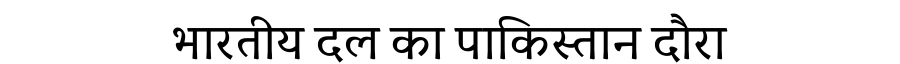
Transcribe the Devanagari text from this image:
भारतीय दल का पाकिस्तान दौरा